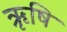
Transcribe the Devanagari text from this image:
ऋृषि